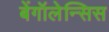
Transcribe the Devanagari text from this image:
बेंगॉलेन्सिस